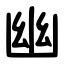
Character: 幽